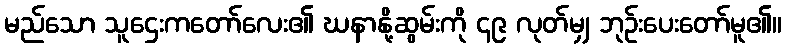
မည်သော သူဌေးကတော်လေး၏ ဃနာနို့ဆွမ်းကို ၄၉ လုတ်မျှ ဘုဉ်းပေးတော်မူ၏။